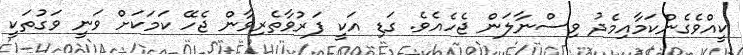
ކީއްވެގެންކަމާއިމެދު ވިސްނާލަން ޖެހެއެވެ. ގަޑި އަކީ ފަރުވާތެރިވާން ޖެހޭ ކަމަކަށް ވަނީ ވަގުތަކީ